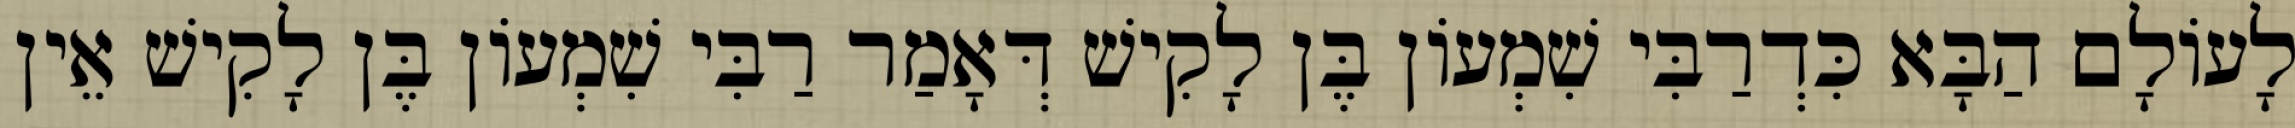
לָעוֹלָם הַבָּא כִּדְרַבִּי שִׁמְעוֹן בֶּן לָקִישׁ דְּאָמַר רַבִּי שִׁמְעוֹן בֶּן לָקִישׁ אֵין